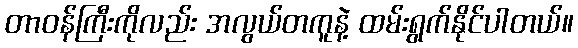
တာဝန်ကြီးကိုလည်း အလွယ်တကူနဲ့ ထမ်းရွက်နိုင်ပါတယ်။